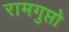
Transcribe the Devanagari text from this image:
रामगुप्तो